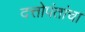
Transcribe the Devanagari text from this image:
दत्तोपंतांचा